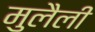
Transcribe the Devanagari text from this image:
मुलैली